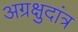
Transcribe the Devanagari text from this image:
अग्रक्षुदांत्र